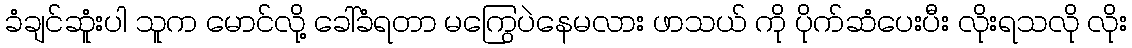
ခံချင်ဆူံးပါ သူက မောင်လို့ ခေါ်ခံရတာ မကြွေပဲနေမလား ဖာသယ် ကို ပိုက်ဆံပေးပီး လိုးရသလို လိုး